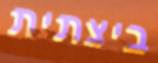
ביצתית